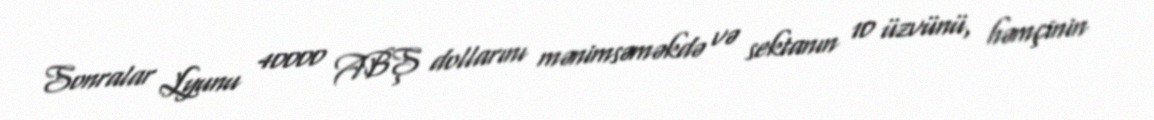
Sonralar Lyunu 40000 ABŞ dollarını mənimsəməkdə və sektanın 10 üzvünü, həmçinin